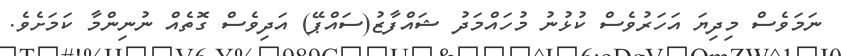
ނަމަވެސް މިދިޔަ އަހަރުވެސް ކުޅުނު މުހައްމަދު ޝައްފާޒު(ސައްޕޭ) އަދިވެސް ގޮތެއް ނުނިންމާ ކަމަށެވެ.